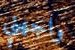
واجهني